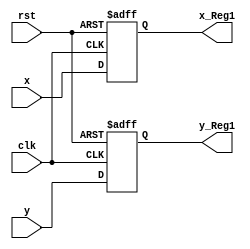
module Reg_xy_1_L17(x_Reg1,y_Reg1,clk,rst,x,y);
output reg [2:0] x_Reg1,y_Reg1;
input clk,rst;
input [2:0] x,y;

always @ (posedge clk or negedge rst)
	begin
		if (!rst )begin 
			x_Reg1<=0; y_Reg1<=0;end
		else  begin
			x_Reg1<=x; y_Reg1<=y;end
	end

endmodule